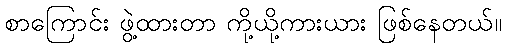
စာကြောင်း ဖွဲ့ထားတာ ကို့ယို့ကားယား ဖြစ်နေတယ်။